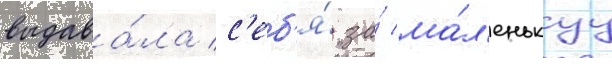
выдава́ла с'еб'я́ за́ ма́л'енькуу